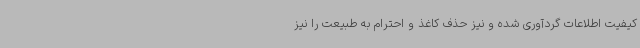
کیفیت اطلاعات گردآوری شده و نیز حذف کاغذ و احترام به طبیعت را نیز